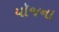
યૉજના